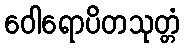
ဝေါရောပိတသုတ္တံ